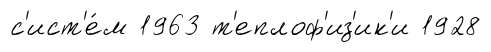
с'ист'е́м 1963 т'еплоф'из'ик'и 1928